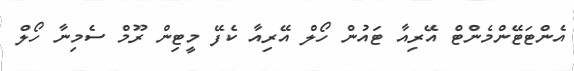
އެންޓަޓޭންމެންޓް އޭރިއާ ޓައުން ހޯލް އޭރިއާ ކެފޭ މީޓިން ރޫމް ސެމިނާ ހޯލް